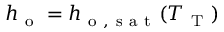
h _ { \mathrm { ~ o ~ } } = h _ { \mathrm { ~ o ~ , ~ s ~ a ~ t ~ } } ( T _ { \mathrm { ~ T ~ } } )